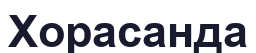
Хорасанда